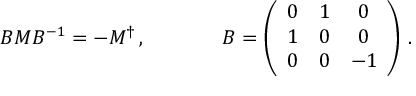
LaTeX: \begin{array} { c c } { { B M B ^ { - 1 } = - M ^ { \dagger } \, , ~ ~ ~ ~ } } & { { ~ ~ ~ ~ B = \left( \begin{array} { c c c } { { 0 } } & { { 1 } } & { { 0 } } \\ { { 1 } } & { { 0 } } & { { 0 } } \\ { { 0 } } & { { 0 } } & { { - 1 } } \end{array} \right) \, . } } \end{array}